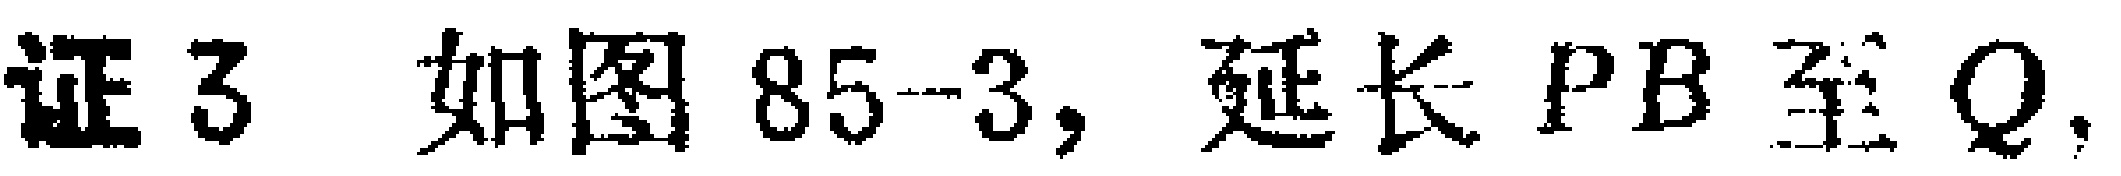
证3 如图85-3，延长 \(PB\) 至 \(Q\)，